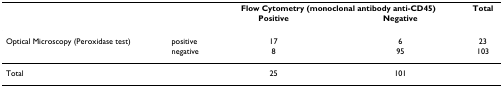
|  |  | <COLSPAN=2> Flow Cytometry (monoclonal antibody anti-CD45) | Total |
 |  |  | Positive | Negative |  |
 | --- | --- | --- | --- | --- |
 | Optical Microscopy (Peroxidase test) | positive | 17 | 6 | 23 |
 |  | negative | 8 | 95 | 103 |
 | Total |  | 25 | 101 |  |